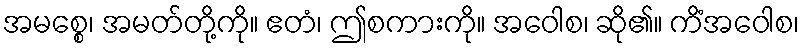
အမစ္စေ၊ အမတ်တို့ကို။ ဧတံ၊ ဤစကားကို။ အဝေါစ၊ ဆို၏။ ကိံအဝေါစ၊